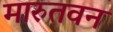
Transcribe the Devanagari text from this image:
मारुतवन